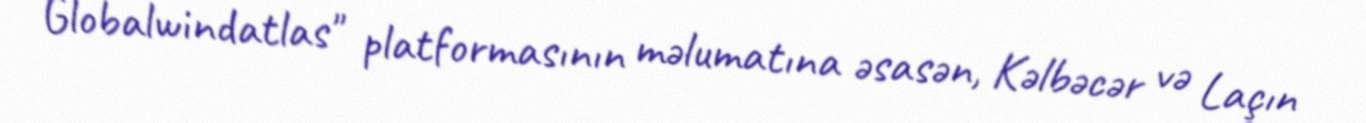
Globalwindatlas" platformasının məlumatına əsasən, Kəlbəcər və Laçın